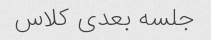
جلسه بعدی کلاس